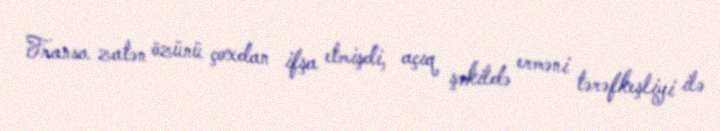
Fransa zatən özünü çoxdan ifşa etmişdi, açıq şəkildə erməni tərəfkeşliyi ilə